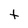
Character: t